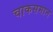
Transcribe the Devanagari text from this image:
चाकसमान